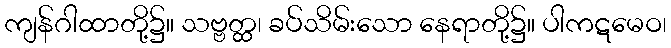
ကျန်ဂါထာတို့၌။ သဗ္ဗတ္ထ၊ ခပ်သိမ်းသော နေရာတို့၌။ ပါကဋမေဝ၊